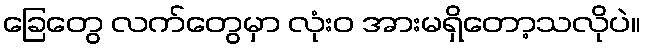
ခြေတွေ လက်တွေမှာ လုံးဝ အားမရှိတော့သလိုပဲ။